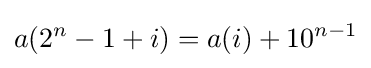
a(2^{n}-1+i)=a(i)+10^{n-1}